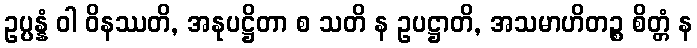
ဥပ္ပန္နံ ဝါ ဝိနဿတိ, အနုပဋ္ဌိတာ စ သတိ န ဥပဋ္ဌာတိ, အသမာဟိတဉ္စ စိတ္တံ န